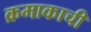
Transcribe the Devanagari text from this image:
क्रमाकाची